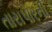
તારાપોરની